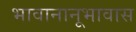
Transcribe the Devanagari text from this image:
भावानानूभावास